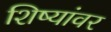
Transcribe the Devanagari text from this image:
शिष्यांवर